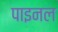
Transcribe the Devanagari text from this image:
पाइनल